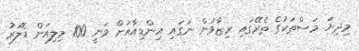
މިދިޔަ މަސްތަކުގެ ތެރޭގައި ރިޒާވުން ނަގައި އިންޑިއާއަށް ވަނީ 100 މިލިއަން ޑޮލަރު